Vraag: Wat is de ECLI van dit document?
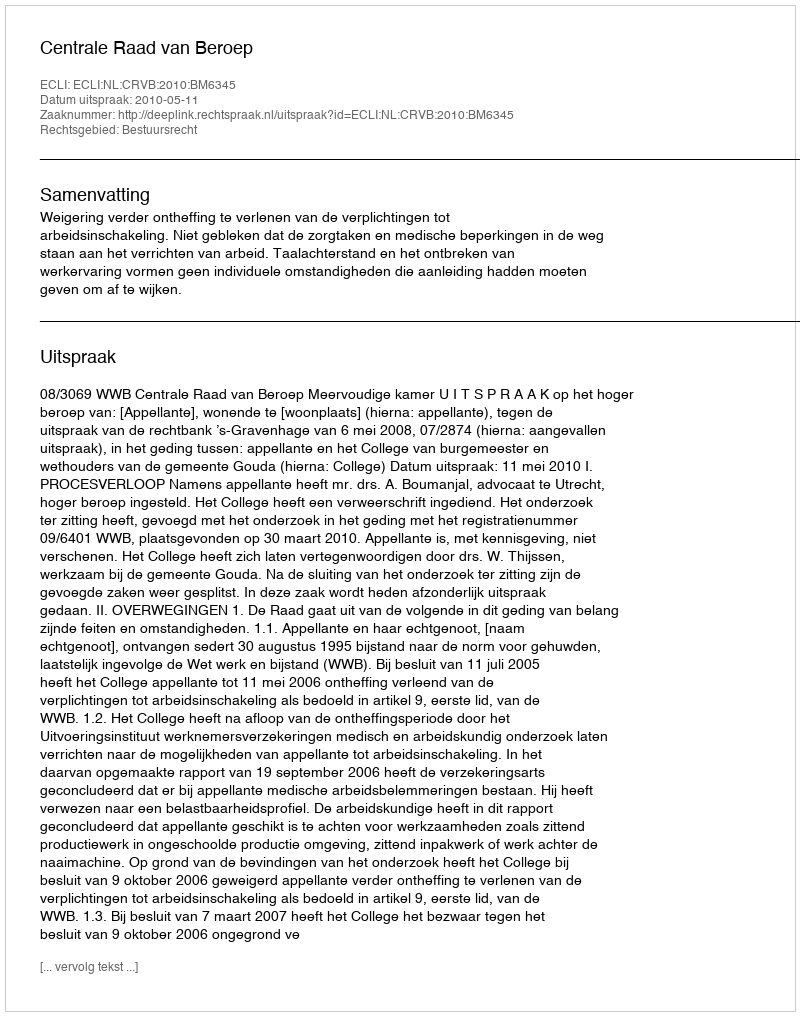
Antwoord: ECLI:NL:CRVB:2010:BM6345